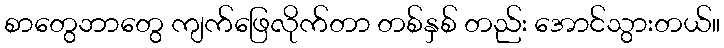
စာတွေဘာတွေ ကျက်ဖြေလိုက်တာ တစ်နှစ် တည်း အောင်သွားတယ်။